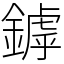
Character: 鏬